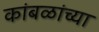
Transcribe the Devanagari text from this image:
कांबळांच्या